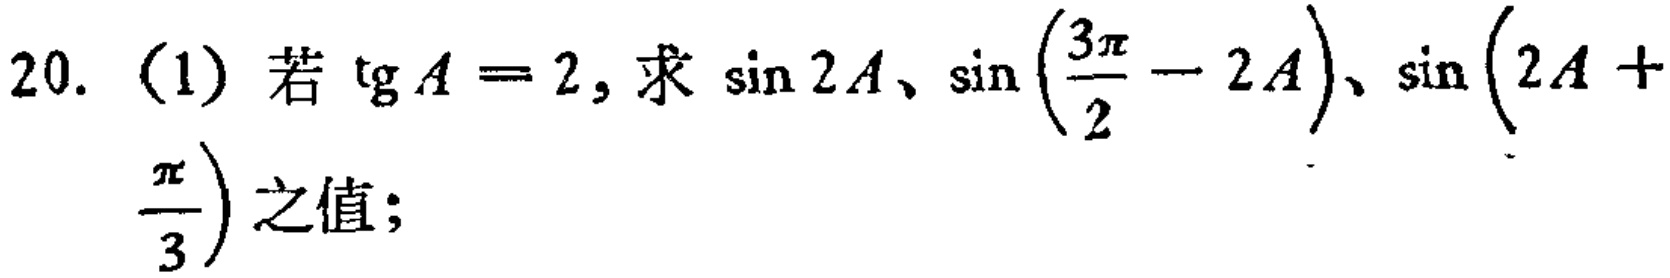
20. (1) 若\(\tg A = 2\)，求\(\sin 2A\)、\(\sin\left(\frac{3\pi}{2} - 2A\right)\)、\(\sin\left(2A + \frac{\pi}{3}\right)\)之值；